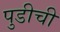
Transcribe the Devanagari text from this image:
पुडीची